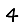
Digit: 4